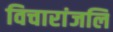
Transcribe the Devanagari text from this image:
विचारांजलि